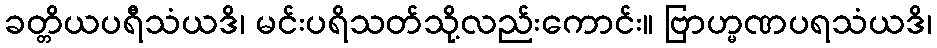
ခတ္တိယပရီသံယဒိ၊ မင်းပရိသတ်သို့လည်းကောင်း။ ဗြာဟ္မဏပရသံယဒိ၊